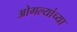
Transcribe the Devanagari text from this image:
ओगल्यांच्या